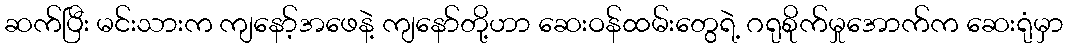
ဆက်ပြီး မင်းသားက ကျနော့်အဖေနဲ့ ကျနော်တို့ဟာ ဆေးဝန်ထမ်းတွေရဲ့ ဂရုစိုက်မှုအောက်က ဆေးရုံမှာ